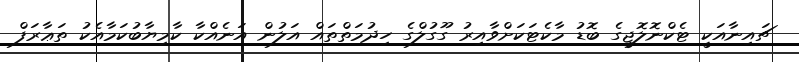
ޗައިނާއަކީ ޓެކްނޮލޮޖީގެ ބޮޑު މާކެޓަކަށްވާއިރު ގޫގުލްގެ ހިދުމަތްތައް އަލުން އަނެއްކާ ކާމިޔާބުކަމާއެކު ތަޢާރަފް